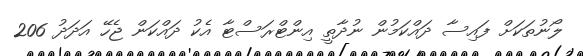
ލޯނުތަކަށް ފައިސާ ދައްކަމުން ނުދާތީ އިންޓްރަސްޓާ އެކު ދައްކަން ޖެހޭ އަދަދު 206